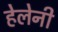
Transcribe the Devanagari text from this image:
हेलेनी